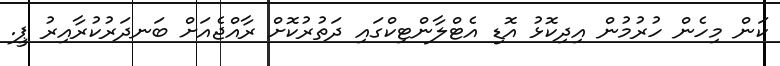
ކަން މިހެން ހުރުމުން އިދިކޮޅު އޮޑި އެޓްލާންޓިކްގައި ދަތުރުކޮށް ރާއްޖެއަށް ބަނދަރުކުރާއިރު ޕީ.